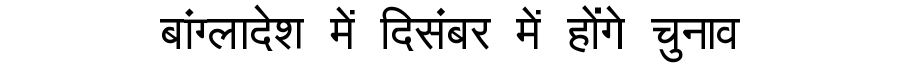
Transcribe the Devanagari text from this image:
बांग्लादेश में दिसंबर में होंगे चुनाव